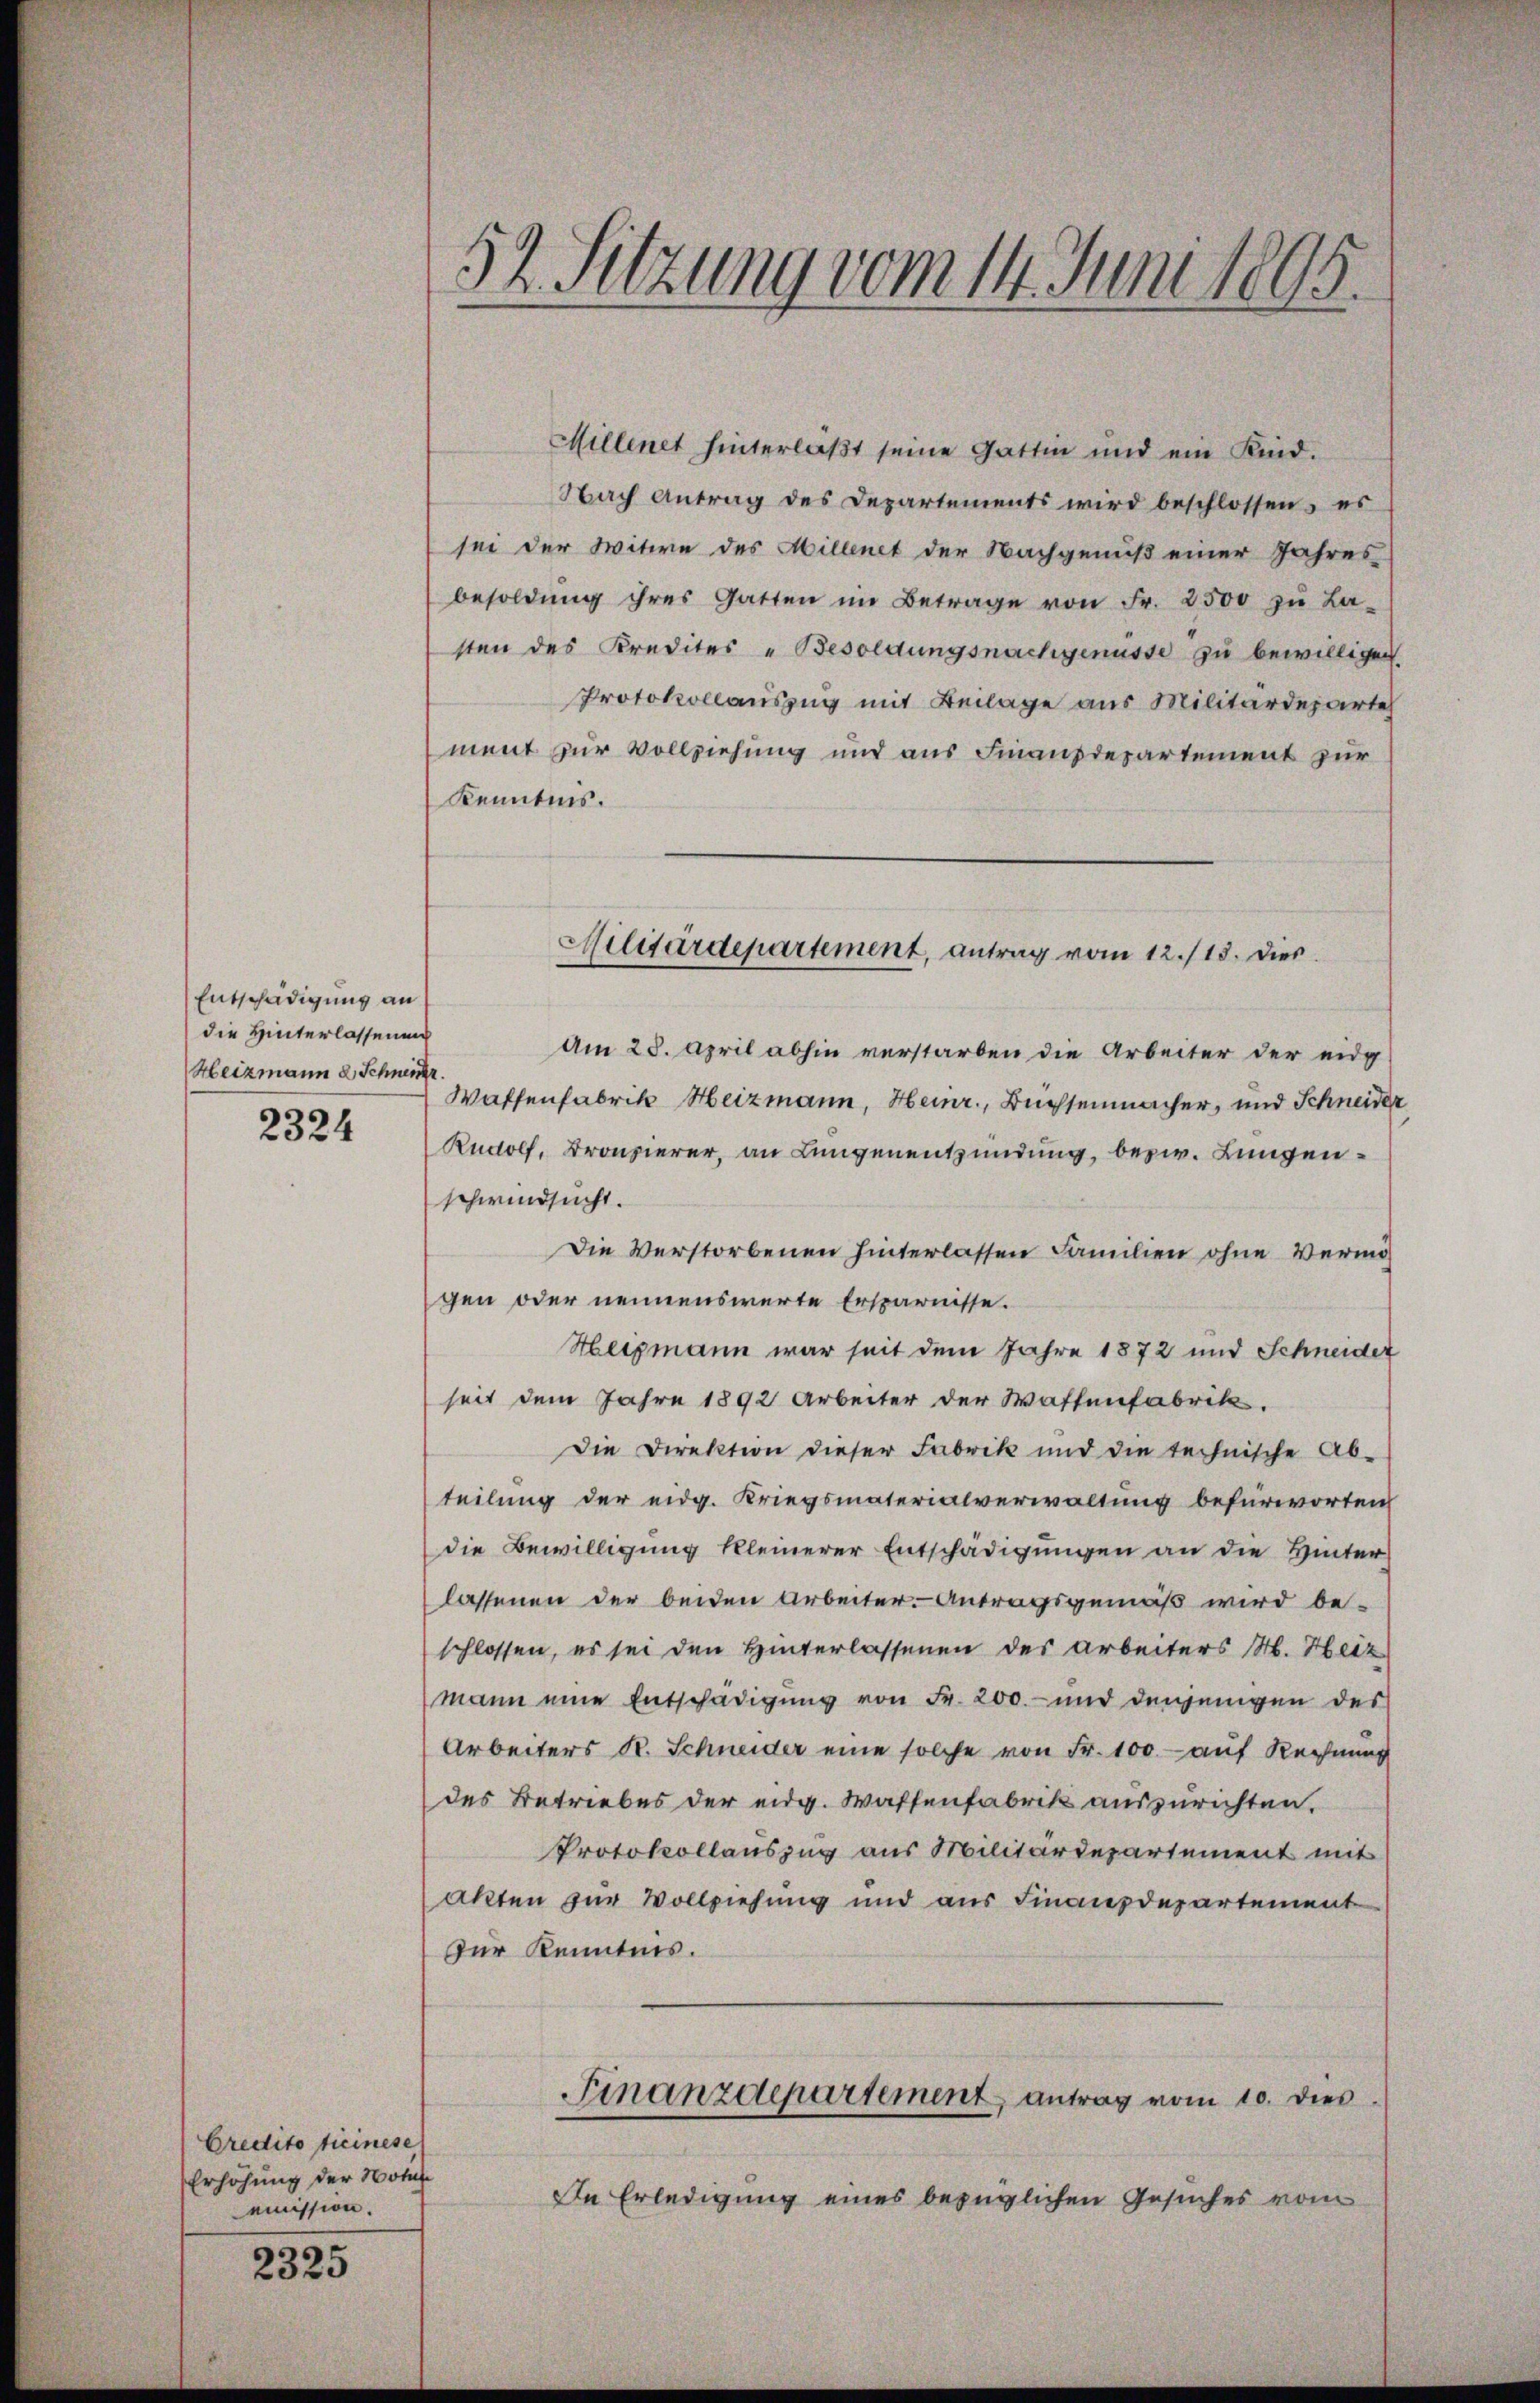
Entschädigung an
die Hinterlassenung
Heizmann 2 Schneide

2324

Credito tieinese
Erhöhung der Notul
eimission.

2325

Millenet hinterlaβt seine Gattin und ein Kind.
Nach Antrag des Departements wird beschlossen, es
sei der Witwe des Millenet der Nachgenuß einer Jahres
besoldŭng ihres Gatten im Betrage von Fr. 2500 zu La-
sten des Kredites „Besoldungsnachgenüsse zu bewilligen
Protokollauszug mit Beilage aus Militärdeparte
ment zur Vollziehung und aus Finanzdepartement zur
Kenntnis.
Am 28. April abhin verstarben die Arbeiter der eidg
Waffenfabrik Heizmann, Heinr., Büchsenmacher, und Schneider
Rudolf, Bronzierer, an Lungenentzündung, bezw. Lungenschwindsucht.
Die Verstorbenen hinterlassen Familien ohne Vermögen oder nennenswerte Ersparnisse.
Heigmann war seit dem Jahre 1872 und Schneider
seit dem Jahre 1892 Arbeiter der Waffenfabrik.
Die Direktion dieser Fabrik und die technische Ab-
teilung der eidg. Kriegsmaterialverwaltung befürworten
die Bewilligung kleinerer Entschädigungen an die Hinter
lassenen der beiden Arbeiter. Antragsgemäß wird beschlossen, es sei den Hinterlassenen des Arbeiters M. Heiz
mann eine Entschädigŭng von Fr. 200.- und denjenigen des
Arbeiters R. Schneider eine solche von Fr. 100 - auf Rechnung
des Betriebes der eidg. Waffenfabrik auszurichten.
Protokollauszug aus Militärdepartement mit
Akten zur Vollziehung und aus Finanzdepartement
Zur Kenntnis.
Finanzdepartement antrag vom 10. dies
In Erledigung eines bezüglichen Gesuches vom

2
12. Sitzung vom 14. Juni 1895.

Militärdepartement, antrag vom 12./13. Dies